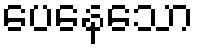
ပေနေသော